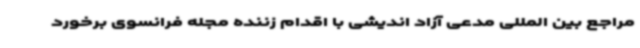
مراجع بین المللی مدعی آزاد اندیشی با اقدام زننده مجله فرانسوی برخورد